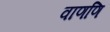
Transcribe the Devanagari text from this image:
वाणणि